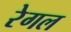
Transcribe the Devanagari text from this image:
रेगल